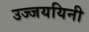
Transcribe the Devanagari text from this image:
उज्जययिनी